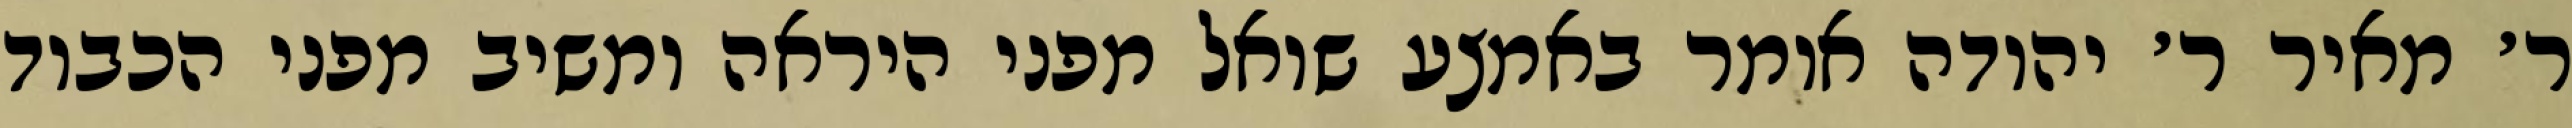
ר׳ מאיר ר׳ יהודה אומר באמצע שואל מפני היראה ומשיב מפני הכבוד